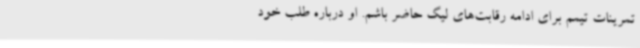
تمرینات تیمم برای ادامه رقابت‌های لیگ حاضر باشم. او درباره طلب خود